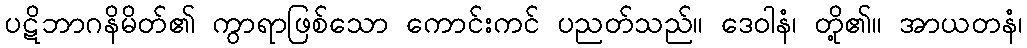
ပဋိဘာဂနိမိတ်၏ ကွာရာဖြစ်သော ကောင်းကင် ပညတ်သည်။ ဒေဝါနံ၊ တို့၏။ အာယတနံ၊